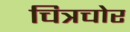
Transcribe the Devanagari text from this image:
चित्रचोर